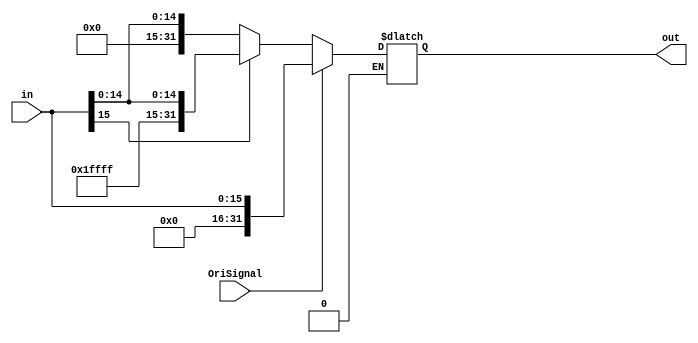
`timescale 1ns / 1ps
////////////////////////////////////////////////////////////////////////////////
// Last Edits: Nirmal Kumbhare, Ali Akoglu
// 
// Module - SignExtension.v
// Description - Sign extension module.  
// If the most significant bit of in (in[15]) = 0, 
//create the 32-bit "out" output by making out[15:0] equal to "in" and make other bits (bits 16 to 31) to 0
// If the most significant bit of in (in[15]) = 1, 
//create the 32-bit "out" output by making out[15:0] equal to "in" and make other bits to 1
////////////////////////////////////////////////////////////////////////////////
module SignExtension(in, out,OriSignal);

    input [15:0] in;
    input OriSignal;
    integer i;

    output reg [31:0] out;   //using always @
    //output [31:0] out;   //using assign statement


    always @(in,OriSignal) begin

    //out <= {16'h0,in};
    if (OriSignal == 0) begin
        if((in[15]) == 0) begin
             out <= {16'h0,in};
        end

         else if((in[15])==1) begin
          out <= {16'hFFFF,in};
         end
     end
     else if (OriSignal == 1) begin
        out <= {16'h0,in};
     end
     end



endmodule